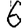
Digit: 6